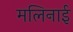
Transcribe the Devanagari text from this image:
मलिनाई